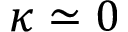
\kappa \simeq 0